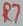
Text: R7